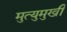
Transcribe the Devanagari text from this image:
मुत्युमुखी